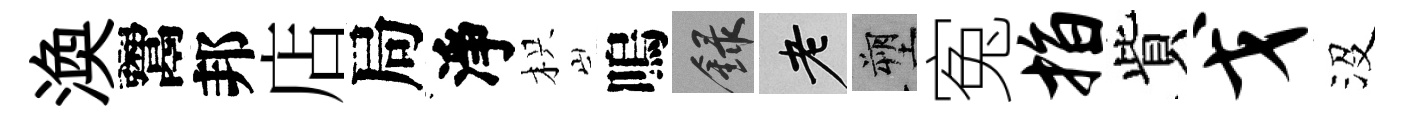
渙鬻邦店局淨枳嗚録老塑寃指貲戈沒